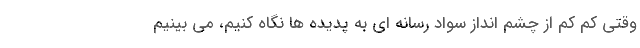
وقتی کم کم از چشم انداز سواد رسانه ای به پدیده ها نگاه کنیم، می بینیم